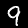
Label: 9